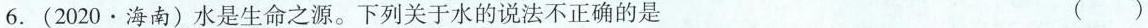
6. (2020·海南)水是生命之源。下列关于水的说法不正确的是 （）